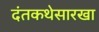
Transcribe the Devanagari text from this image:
दंतकथेसारखा